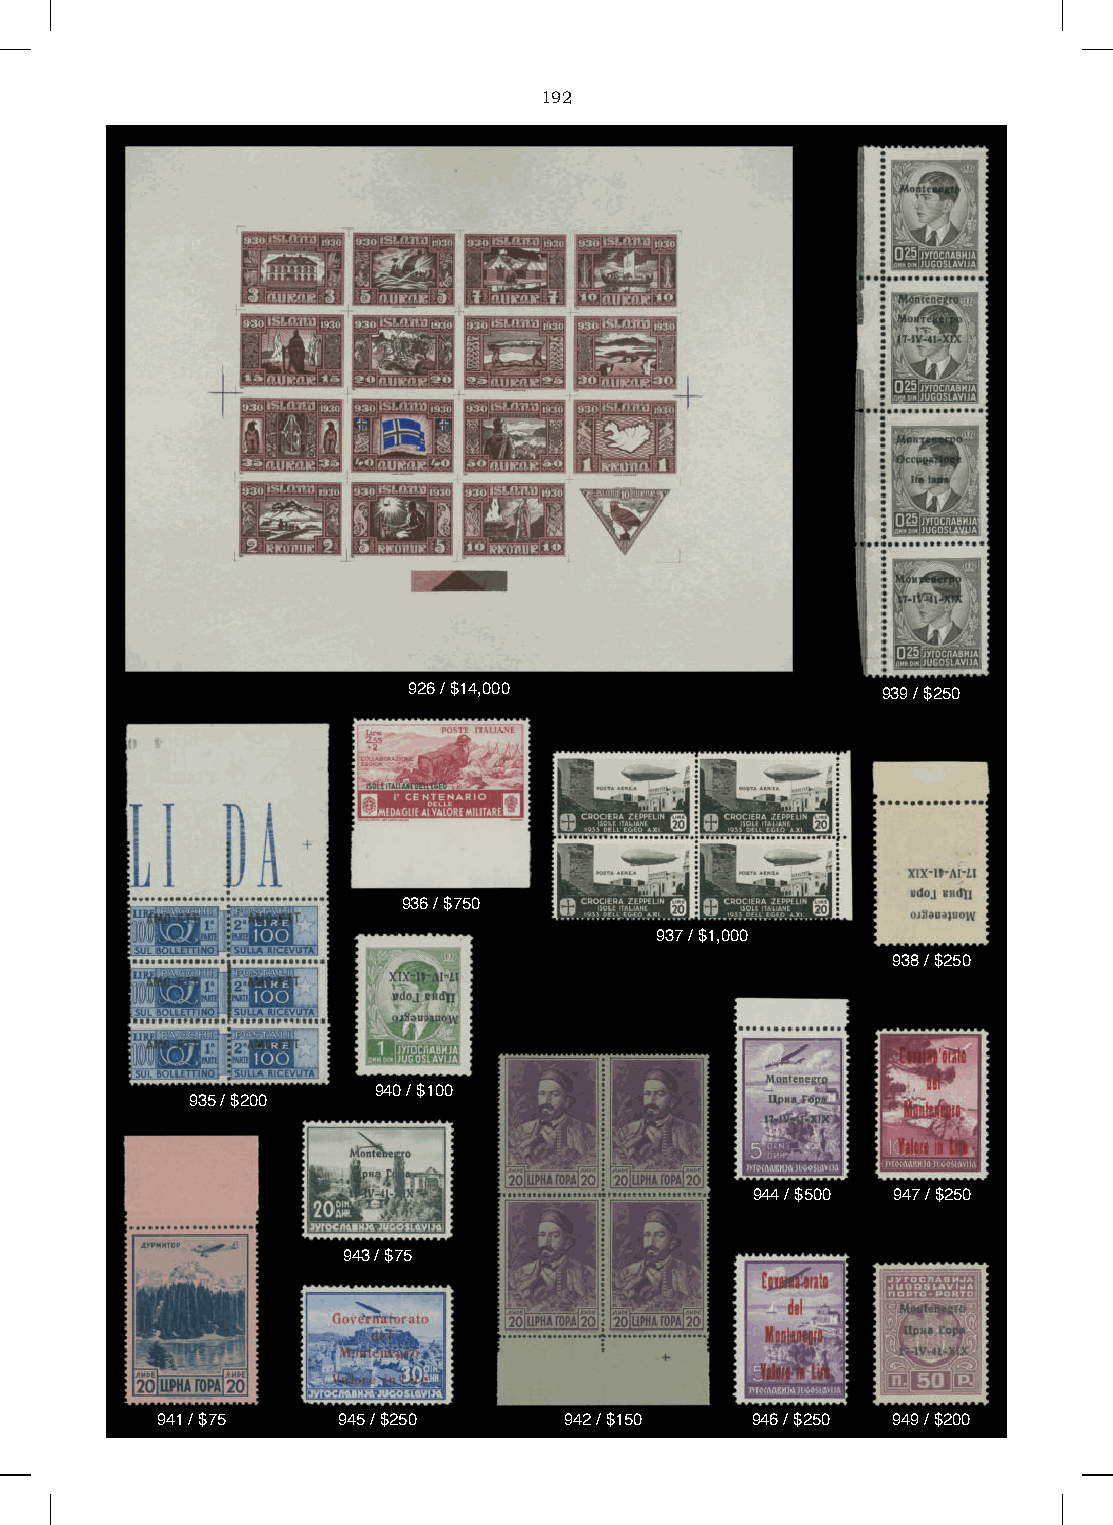
192
 926 / $14,000                  939 / $250
 936 / $750
 937 / $1,000
 938 / $250
 940 / $100
 935 / $200
 944 / $500 947 / $250
 943 / $75
 941 / $75   945 / $250     942 / $150   946 / $250 949 / $200